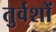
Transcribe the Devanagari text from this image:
तुर्वशों